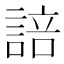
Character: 𮘟